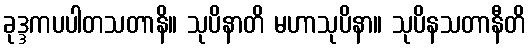
ခုဒ္ဒကပပါတသတာနိ။ သုပိနာတိ မဟာသုပိနာ။ သုပိနသတာနီတိ